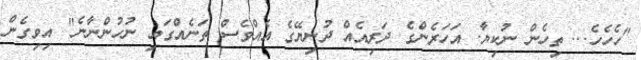
"ހެހެހެ... ތިހެން ނުކިޔާ. އަހަރެންގެ ދަރިއެއް ދުނިޔޭގެ އެއްވެސް ތަނެއްގައި ނުހުންނާނެ" އިވިގެން